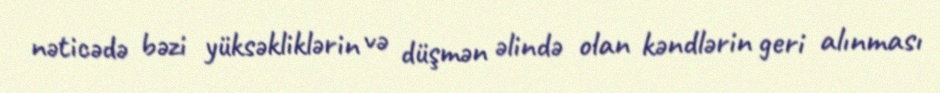
nəticədə bəzi yüksəkliklərin və düşmən əlində olan kəndlərin geri alınması